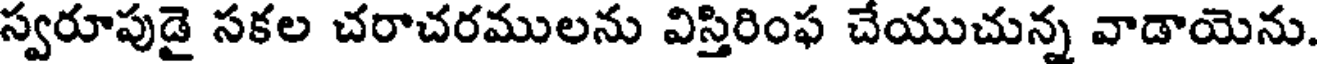
స్వరూపుడై సకల చరాచరములను విస్తిరింఫ చేయుచున్న వాడాయెను.